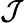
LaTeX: \cal J